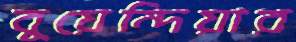
বুয়েন্দিয়ার